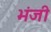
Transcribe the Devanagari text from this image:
भंजी